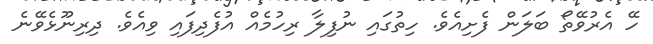
ހޭ އެރުވޭތޯ ބަލަން ފެށިއެވެ. ހިތުގައި ނުފިލާ ރިހުމެއް އުފެދިފައި ވިއެވެ. ދިރިނޫޅެވޭނެ